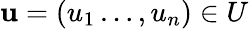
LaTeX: \mathbf{u}=(u_{1}\ldots,u_{n})\in U